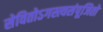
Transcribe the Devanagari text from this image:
सेवितोऽगस्त्यसंपूजितो